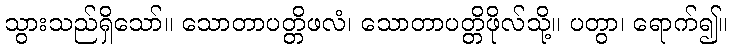
သွားသည်ရှိသော်။ သောတာပတ္တိဖလံ၊ သောတာပတ္တိဖိုလ်သို့။ ပတွာ၊ ရောက်၍။